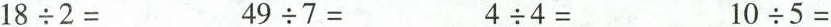
$$1 8 \div 2 =$$$$4 9 \div 7 =$$$$4 \div 4 =$$$$1 0 \div 5 =$$